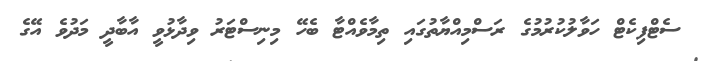
ސެޓްފިކެޓް ހަވާލުކުރުމުގެ ރަސްމިއްޔާތުގައި ތިމާވެއްޓާ ބެހޭ މިނިސްޓަރު ވިދާޅުވީ އާބާދީ މަދުވެ އޭގެ